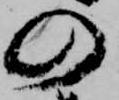
の